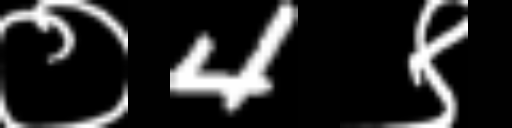
Text: ०4९